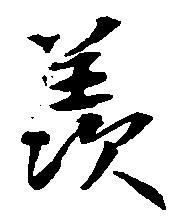
羨